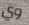
وي